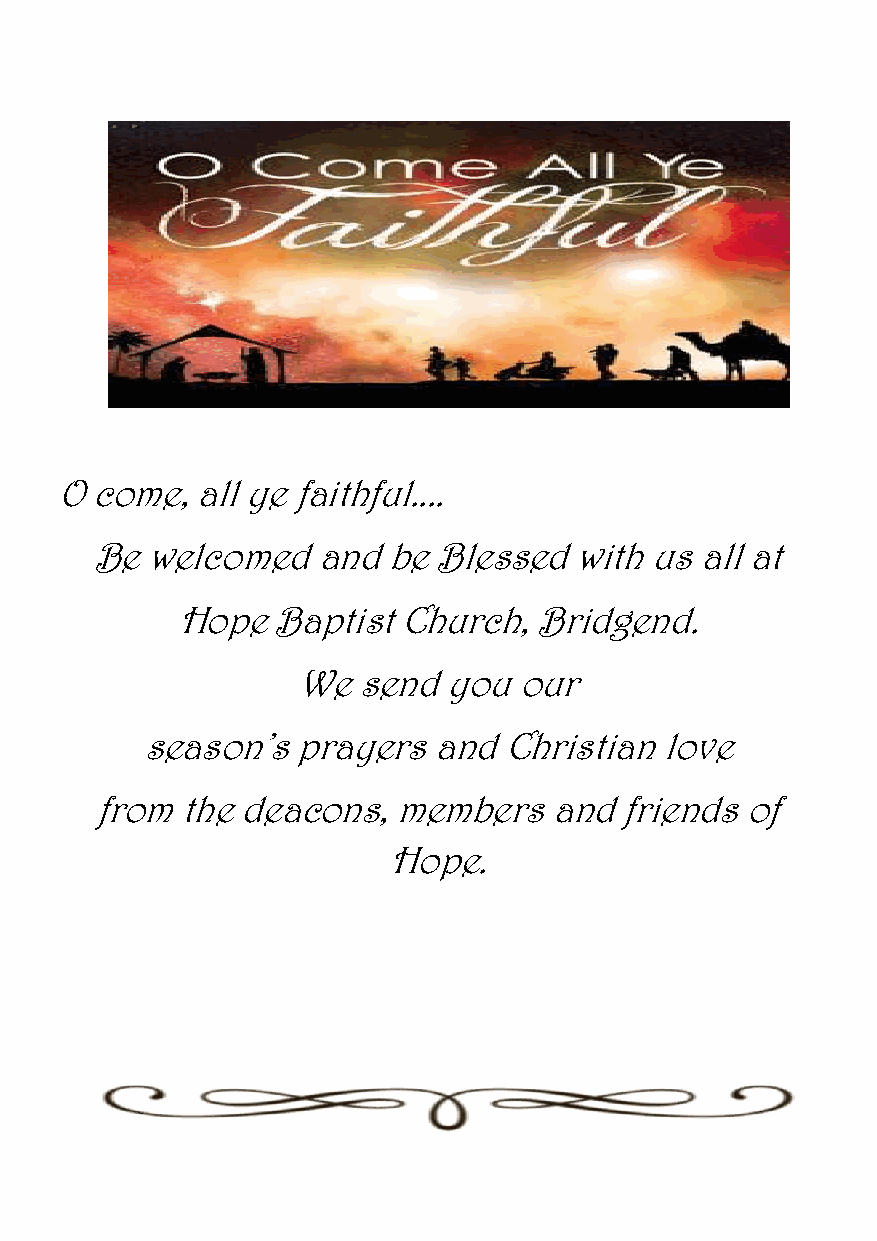
O come,  all ye faithful....
 Be  welcomed   and  be Blessed  with us all at
 Hope  Baptist Church,  Bridgend.
 We  send you  our
 season’s   prayers  and Christian  love
 from  the deacons,  members   and  friends of
 Hope.